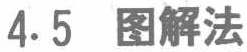
4.5 图解法